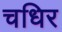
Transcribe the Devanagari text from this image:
चधिर